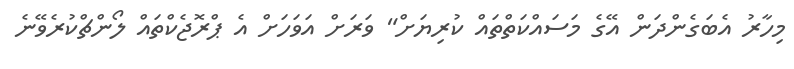
މިހާރު އެބަގެންދަން އޭގެ މަސައްކަތްތައް ކުރިޔަށް" ވަރަށް އަވަހަށް އެ ޕްރޮޖެކްތައް ލޯންޗްކުރެވޭނެ